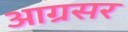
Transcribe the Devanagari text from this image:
आग्रसर